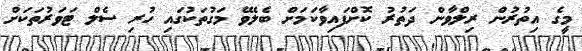
މީގެ އިތުރުން ރިލްވާން ދަތުރު ކޮށްފައިވާކަމަށް ބެލެވޭ މަގުތަކުގައި ހުރި ސެލް ޓަވަރުތަކަށް